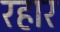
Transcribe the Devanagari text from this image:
रहार